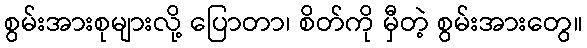
စွမ်းအားစုများလို့ ပြောတာ၊ စိတ်ကို မှီတဲ့ စွမ်းအားတွေ။